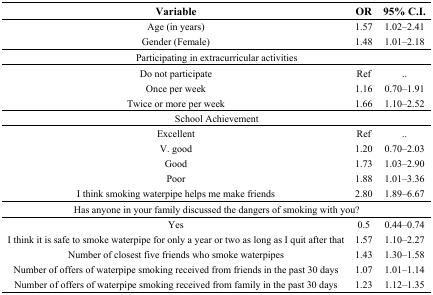
<table><thead><tr><td><b>Variable</b></td><td><b>OR</b></td><td><b>95% C.I.</b></td></tr></thead><tbody><tr><td>Age (in years)</td><td>1.57</td><td>1.02–2.41</td></tr><tr><td>Gender (Female)</td><td>1.48</td><td>1.01–2.18</td></tr><tr><td colspan="3">Participating in extracurricular activities</td></tr><tr><td>Do not participate </td><td>Ref</td><td>..</td></tr><tr><td>Once per week</td><td>1.16</td><td>0.70–1.91</td></tr><tr><td>Twice or more per week</td><td>1.66</td><td>1.10–2.52</td></tr><tr><td colspan="3">School Achievement</td></tr><tr><td>Excellent </td><td>Ref</td><td>..</td></tr><tr><td>V. good</td><td>1.20</td><td>0.70–2.03</td></tr><tr><td>Good</td><td>1.73</td><td>1.03–2.90</td></tr><tr><td>Poor</td><td>1.88</td><td>1.01–3.36</td></tr><tr><td>I think smoking waterpipe helps me make friends</td><td>2.80</td><td>1.89–6.67</td></tr><tr><td colspan="3">Has anyone in your family discussed the dangers of smoking with you?</td></tr><tr><td>Yes</td><td>0.5</td><td>0.44–0.74</td></tr><tr><td>I think it is safe to smoke waterpipe for only a year or two as long as I quit after that</td><td>1.57</td><td>1.10–2.27</td></tr><tr><td>Number of closest five friends who smoke waterpipes</td><td>1.43</td><td>1.30–1.58</td></tr><tr><td>Number of offers of waterpipe smoking received from friends in the past 30 days</td><td>1.07</td><td>1.01–1.14</td></tr><tr><td>Number of offers of waterpipe smoking received from family in the past 30 days</td><td>1.23</td><td>1.12–1.35</td></tr></tbody></table>